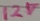
Text: 12V